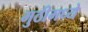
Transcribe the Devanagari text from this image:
मुठीमध्ये